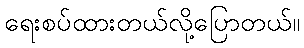
ရေးစပ်ထားတယ်လို့ပြောတယ်။